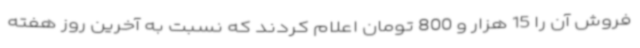
فروش آن را 15 هزار و 800 تومان اعلام کردند که نسبت به آخرین روز هفته